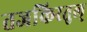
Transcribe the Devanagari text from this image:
तजकिरतुल्